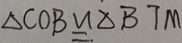
\Delta C O B \cong \Delta B T M